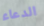
الدعاء